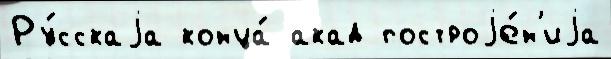
Ру́сскаjа конца́ акад построjе́н'иjа